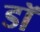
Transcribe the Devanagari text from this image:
डॉ